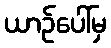
ယာဉ်ပေါ်မှ